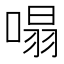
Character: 𠹥